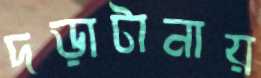
দড়াটানায়